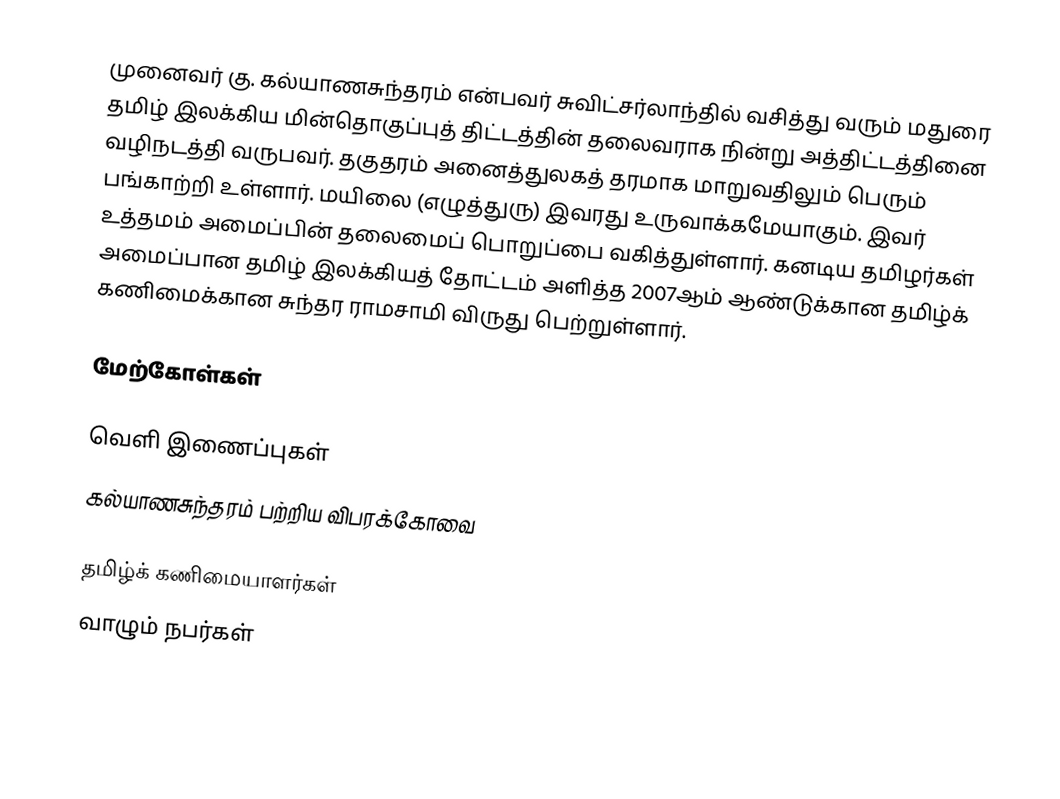
முனைவர் கு. கல்யாணசுந்தரம் என்பவர் சுவிட்சர்லாந்தில் வசித்து வரும் மதுரை தமிழ் இலக்கிய மின்தொகுப்புத் திட்டத்தின் தலைவராக நின்று அத்திட்டத்தினை வழிநடத்தி வருபவர். தகுதரம் அனைத்துலகத் தரமாக மாறுவதிலும் பெரும் பங்காற்றி உள்ளார். மயிலை (எழுத்துரு) இவரது உருவாக்கமேயாகும். இவர் உத்தமம் அமைப்பின் தலைமைப் பொறுப்பை வகித்துள்ளார். கனடிய தமிழர்கள் அமைப்பான தமிழ் இலக்கியத் தோட்டம் அளித்த 2007ஆம் ஆண்டுக்கான தமிழ்க் கணிமைக்கான சுந்தர ராமசாமி விருது பெற்றுள்ளார்.

மேற்கோள்கள்

வெளி இணைப்புகள்
 கல்யாணசுந்தரம் பற்றிய விபரக்கோவை

தமிழ்க் கணிமையாளர்கள்
வாழும் நபர்கள்